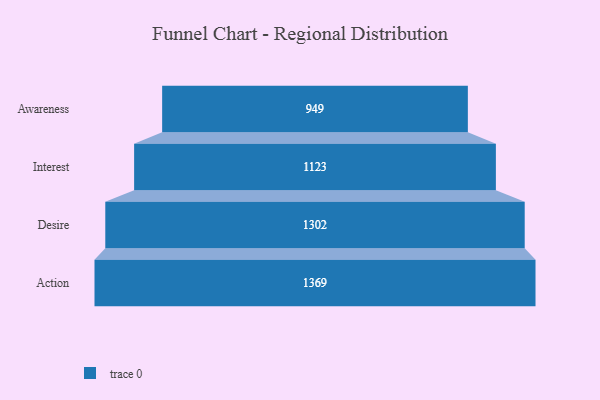
{"axis": {"x": "Stage", "y": "Value"}, "legend": [""], "data": [{"x": "Awareness", "y": 949.0, "type": ""}, {"x": "Interest", "y": 1123.0, "type": ""}, {"x": "Desire", "y": 1302.0, "type": ""}, {"x": "Action", "y": 1369.0, "type": ""}]}